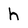
Character: h